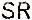
SR